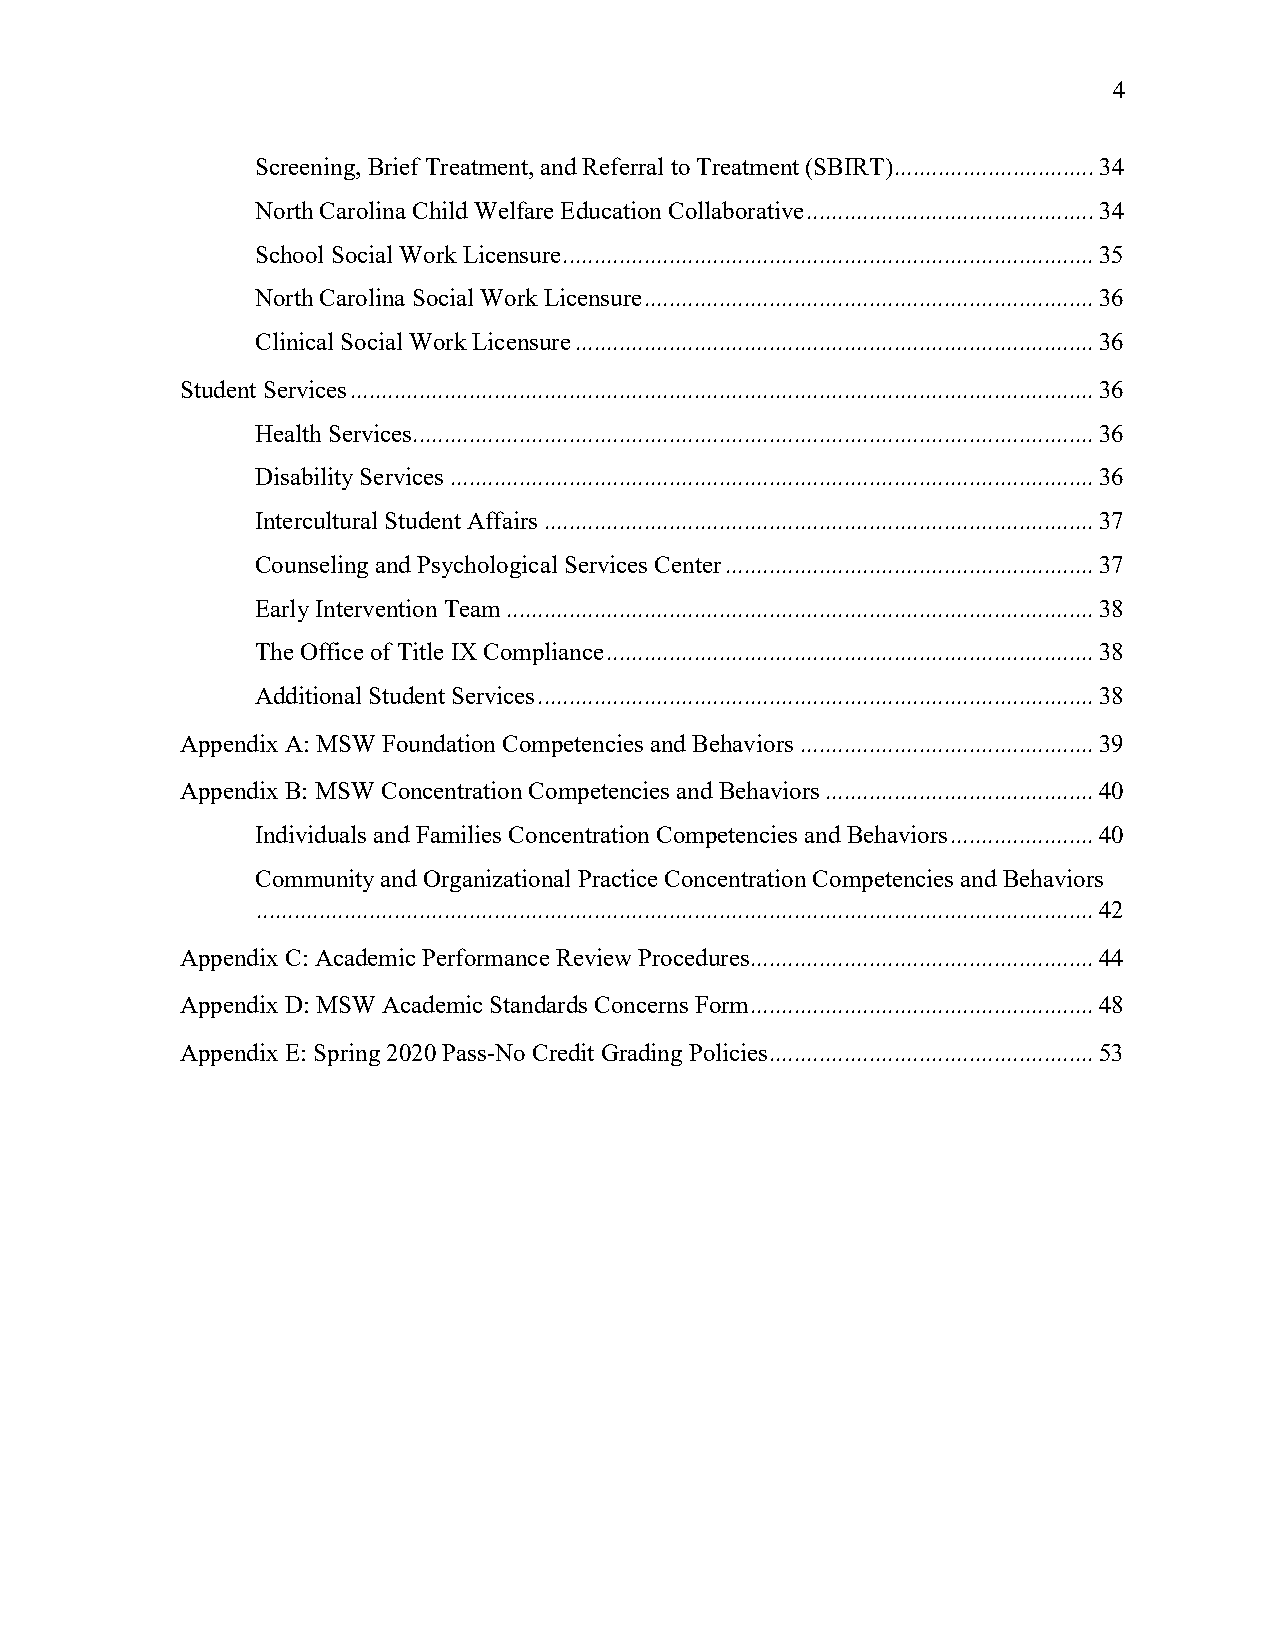
4
 Screening, Brief Treatment, and Referral to Treatment (SBIRT) ................................ 34
 North Carolina Child Welfare Education Collaborative .............................................. 34
 School Social Work Licensure ..................................................................................... 35
 North Carolina Social Work Licensure ........................................................................ 36
 Clinical Social Work Licensure ................................................................................... 36
 Student Services ....................................................................................................................... 36
 Health Services............................................................................................................. 36
 Disability Services ....................................................................................................... 36
 Intercultural Student Affairs ........................................................................................ 37
 Counseling and Psychological Services Center ........................................................... 37
 Early Intervention Team .............................................................................................. 38
 The Office of Title IX Compliance .............................................................................. 38
 Additional Student Services ......................................................................................... 38
 Appendix A: MSW Foundation Competencies and Behaviors ............................................... 39
 Appendix B: MSW Concentration Competencies and Behaviors ........................................... 40
 Individuals and Families Concentration Competencies and Behaviors ....................... 40
 Community and Organizational Practice Concentration Competencies and Behaviors
 ...................................................................................................................................... 42
 Appendix C: Academic Performance Review Procedures ....................................................... 44
 Appendix D: MSW Academic Standards Concerns Form ....................................................... 48
 Appendix E: Spring 2020 Pass-No Credit Grading Policies .................................................... 53